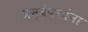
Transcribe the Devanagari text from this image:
अन्वेषकांना